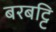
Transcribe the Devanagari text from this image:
बरबट्टि